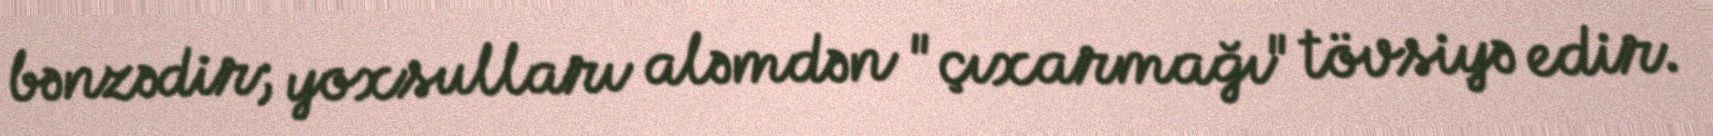
bənzədir; yoxsulları aləmdən "çıxarmağı" tövsiyə edir.